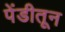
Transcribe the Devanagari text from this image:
पेंडीतून